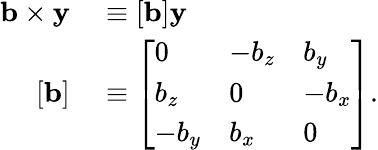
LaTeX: \begin{array}{rl}{\mathbf{b}\times\mathbf{y}}&{{}\equiv\left[\mathbf{b}\right]\mathbf{y}}\\ {\left[\mathbf{b}\right]}&{{}\equiv{\left[\begin{array}{lll}{0}&{-b_{z}}&{b_{y}}\\ {b_{z}}&{0}&{-b_{x}}\\ {-b_{y}}&{b_{x}}&{0}\end{array}\right]}.}\end{array}